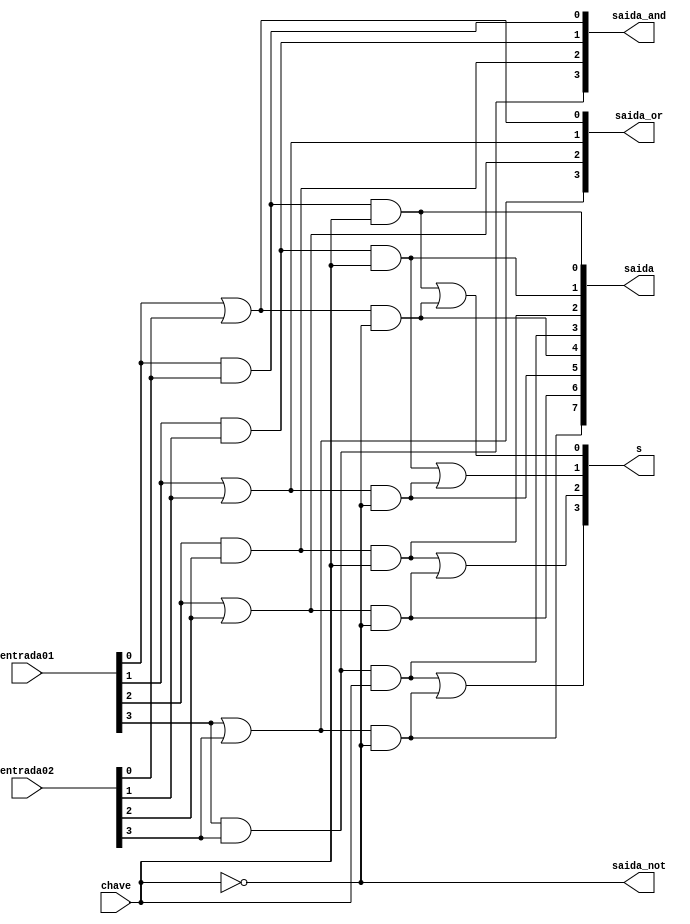
// ---------------------------------------
// Exemplo0032 - Selecionvel
// Nome: Joo Henrique Mendes de Oliveira
// ---------------------------------------
// -------------------------
// sel_gate
// -------------------------
 
module sel(output [3:0]saida_and, output [3:0]saida_or, output [7:0]saida, output [3:0]s,
 			  output [0:0]saida_not, input [3:0]entrada01, input [3:0]entrada02, input [0:0]chave);
	//---AND
	and AND1(saida_and[0], entrada01[0], entrada02[0]);
	and AND2(saida_and[1], entrada01[1], entrada02[1]);
	and AND3(saida_and[2], entrada01[2], entrada02[2]);
	and AND4(saida_and[3], entrada01[3], entrada02[3]);
	//---OR
	or OR1(saida_or[3], entrada01[3], entrada02[3]);
	or OR2(saida_or[2], entrada01[2], entrada02[2]);
	or OR3(saida_or[1], entrada01[1], entrada02[1]);
	or OR4(saida_or[0], entrada01[0], entrada02[0]); 
	//---AND
	and AND5(saida[0], saida_and[0], chave[0]);
	and AND6(saida[1], saida_and[1], chave[0]);
	and AND7(saida[2], saida_and[2], chave[0]);
	and AND8(saida[3], saida_and[3], chave[0]);
	//---NOT	 
	not NOT1(saida_not[0], chave[0]);
	//---AND 
	and AND9(saida[4], saida_or[0], saida_not[0]);
	and AND10(saida[5], saida_or[1], saida_not[0]);
	and AND11(saida[6], saida_or[2], saida_not[0]);
	and AND12(saida[7], saida_or[3], saida_not[0]);
	//---OR 
	or OR5(s[3], saida[3], saida[7]);
	or OR6(s[2], saida[2], saida[6]);
	or OR7(s[1], saida[1], saida[5]);
	or OR8(s[0], saida[0], saida[4]); 
endmodule //--sel

// ------------------------- 
// -- test f4
// -------------------------
module test_sel;

	reg  [3:0] a;
	reg  [3:0] b;
	reg  [0:0] c;
	 
	wire [3:0] d;
	wire [3:0] e;
	wire [7:0] f;
	wire [3:0] g;
	wire [0:0] h;

	sel modulo (d, e, f, g, h, a, b, c);

	initial begin:main
		$display("Exemplo0032 - Joo Henrique Mendes de Oliveira - 392734");
		$display("Test LU's module:\n");
		#1 a = 4'b0101; b = 4'b1010; c = 0;
		$monitor("Chave = %1b\n a = %4b  b = %4b  output ==> %4b\n", c, a, b, g);
		#1 a = 4'b0101; b = 4'b1010; c = 1;		
		#1 a = 4'b1111; b = 4'b0000; c = 0;
		#1 a = 4'b1111; b = 4'b0000; c = 1;		
		#1 a = 4'b1001; b = 4'b1000; c = 0;
		#1 a = 4'b1001; b = 4'b1000; c = 1;
	 end //--main
endmodule //--test_f4